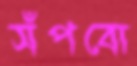
সঁপবো